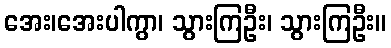
အေး၊အေးပါကွာ၊ သွားကြဦး၊ သွားကြဦး။